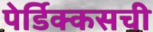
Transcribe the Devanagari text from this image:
पेर्डिक्कसची